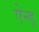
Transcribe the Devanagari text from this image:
ऐन्ड्